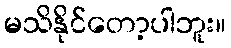
မသိနိုင်တော့ပါဘူး။